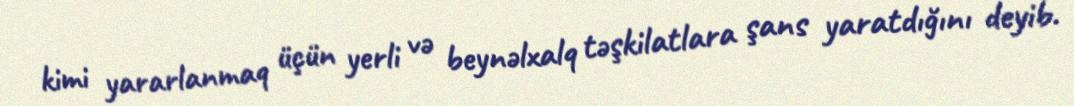
kimi yararlanmaq üçün yerli və beynəlxalq təşkilatlara şans yaratdığını deyib.